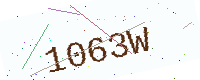
Text: 1063W